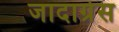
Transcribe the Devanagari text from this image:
जादाग्रेस